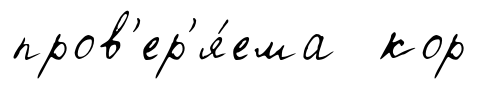
пров'ер'я́ема кор